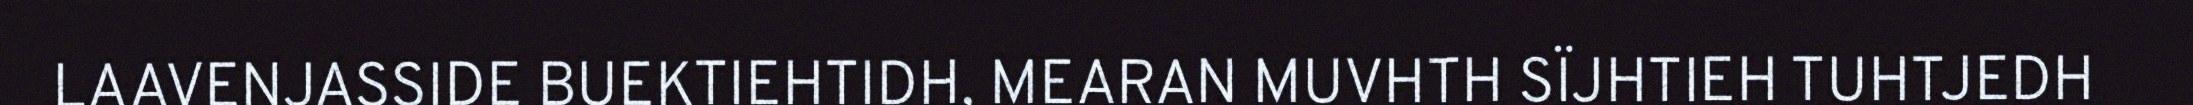
LAAVENJASSIDE BUEKTIEHTIDH, MEARAN MUVHTH SÏJHTIEH TUHTJEDH